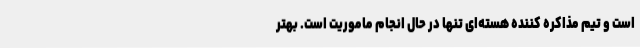
است و تیم مذاکره کننده هسته‌ای تنها در حال انجام ماموریت است. بهتر